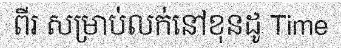
ពីរ សម្រាប់លក់នៅខុនដូ Time